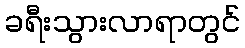
ခရီးသွားလာရာတွင်